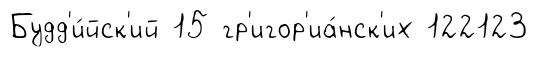
Будд'и́йск'ий 15 гр'игор'иа́нск'их 122123